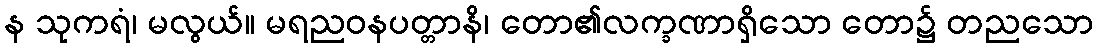
န သုကရံ၊ မလွယ်။ မရညဝနပတ္တာနိ၊ တော၏လက္ခဏာရှိသော တော၌ တညသော